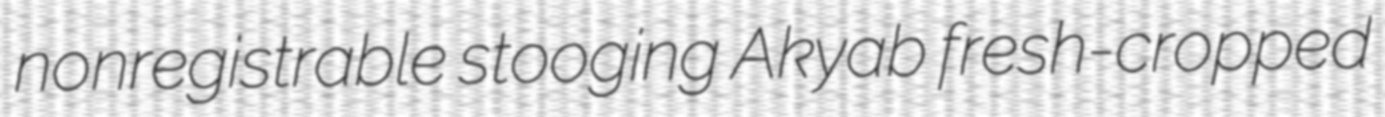
nonregistrable stooging Akyab fresh-cropped